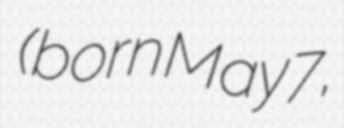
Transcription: (born May 7,